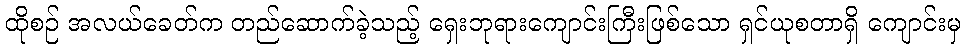
ထိုစဉ် အလယ်ခေတ်က တည်ဆောက်ခဲ့သည့် ရှေးဘုရားကျောင်းကြီးဖြစ်သော ရှင်ယုစတာရှိ ကျောင်းမှ